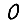
Digit: 0